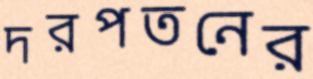
দরপতনের